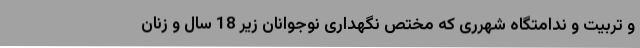
و تربیت و ندامتگاه شهرری که مختص نگهداری نوجوانان زیر 18 سال و زنان